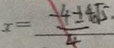
x = \frac { - 4 \pm 4 \sqrt { 5 } } { 4 }